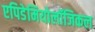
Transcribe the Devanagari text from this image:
एपिडेमियोलॉजिकल